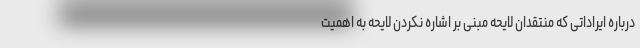
درباره ایراداتی که منتقدان لایحه مبنی بر اشاره نکردن لایحه به اهمیت